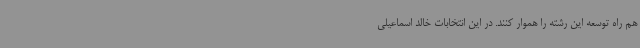
هم راه توسعه این رشته را هموار کنند. در این انتخابات خالد اسماعیلی